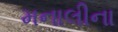
મનાલીના